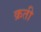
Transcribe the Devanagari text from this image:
क्रती